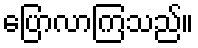
ပြောလာကြသည်။